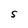
Character: S